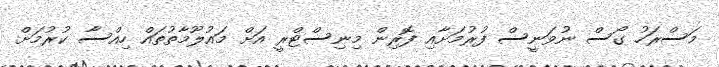
މަސްރަހު ގޯސް ނުވަނީސް ފުރުމަށާއި ފޮރިން މިނިސްޓްރީ އަށް މައުލޫމާތުތައް ހިއްސާ ކުރުމަށް